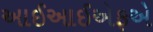
આઈઆઈએફએ